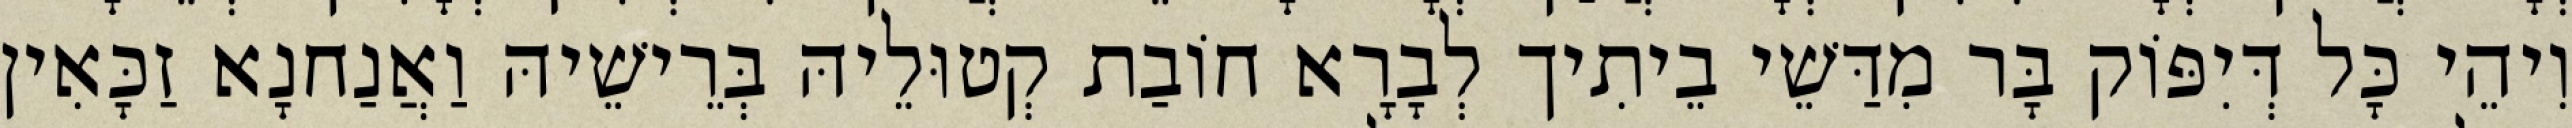
וִיהֵי כָּל דְּיִפּוֹק בָּר מִדַּשֵׁי בֵיתִיך לְבָרָא חוֹבַת קְטוּלֵיהּ בְּרֵישֵׁיהּ וַאֲנַחנָא זַכָּאִין